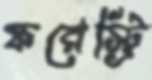
ফরেস্ট্রি